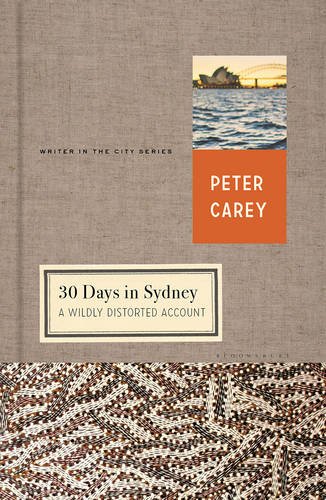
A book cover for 30 Days in Sydney: A Wildly Distorted Account (Writer and the City); Peter Carey; Travel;